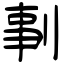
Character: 剚